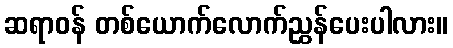
ဆရာဝန် တစ်ယောက်လောက်ညွှန်ပေးပါလား။